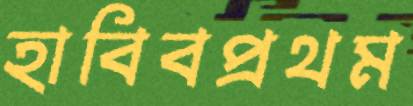
হাবিবপ্রথম